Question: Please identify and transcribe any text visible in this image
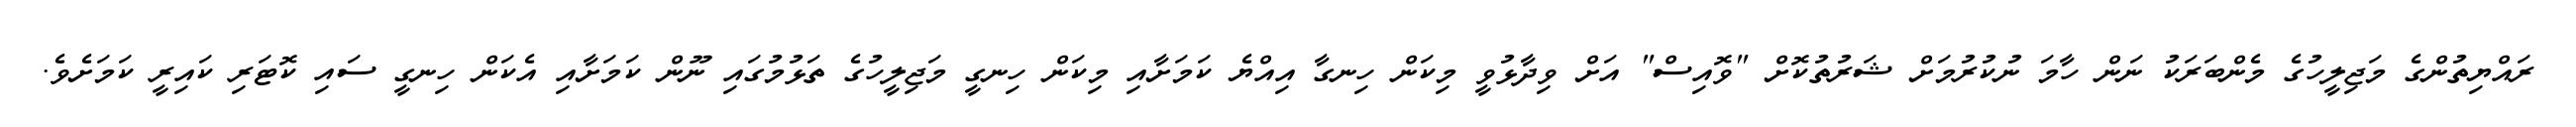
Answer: ރައްޔިތުންގެ މަޖިލީހުގެ މެންބަރަކު ނަން ހާމަ ނުކުރުމަށް ޝަރުތުކޮށް "ވޮއިސް" އަށް ވިދާޅުވީ މިކަން ހިނގާ އިއްޔެ ކަމަށާއި މިކަން ހިނގީ މަޖިލީހުގެ ތަޅުމުގައި ނޫން ކަމަށާއި އެކަން ހިނގީ ސައި ކޮޓަރި ކައިރީ ކަމަށެވެ.